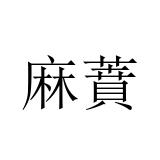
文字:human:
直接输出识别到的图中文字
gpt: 麻蕡